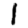
Digit: 1